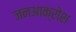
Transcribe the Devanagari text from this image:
जनआक्रोश